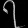
Digit: ၇